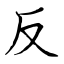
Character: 反